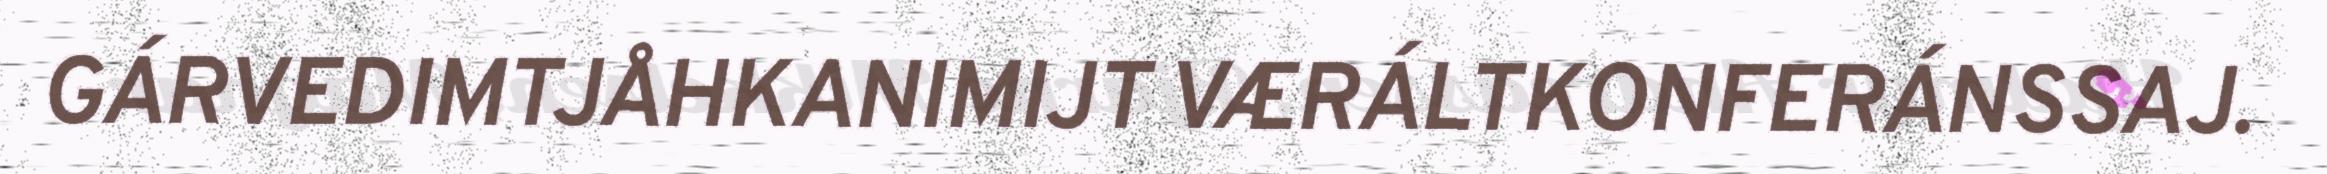
GÁRVEDIMTJÅHKANIMIJT VÆRÁLTKONFERÁNSSAJ.